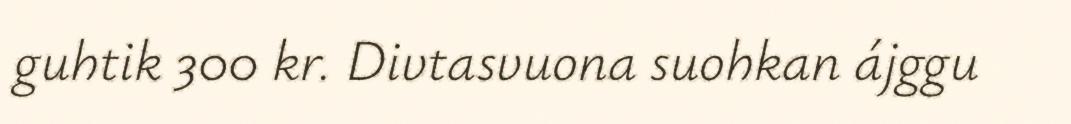
guhtik 300 kr. Divtasvuona suohkan ájggu